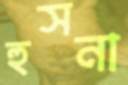
হুসনা